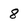
Character: 8